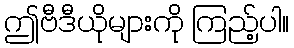
ဤဗီဒီယိုများကို ကြည့်ပါ။